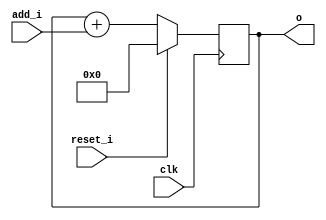
module bsg_circular_ptr_slots_p32_max_add_p31
(
  clk,
  reset_i,
  add_i,
  o
);

  input [4:0] add_i;
  output [4:0] o;
  input clk;
  input reset_i;
  wire N0,N1,N2,N3,N4,N5,N6,N7;
  wire [4:0] ptr_n;
  reg [4:0] o;
  assign ptr_n = o + add_i;
  assign { N7, N6, N5, N4, N3 } = (N0)? { 1'b0, 1'b0, 1'b0, 1'b0, 1'b0 } :
                                  (N1)? ptr_n : 1'b0;
  assign N0 = reset_i;
  assign N1 = N2;
  assign N2 = ~reset_i;

  always @(posedge clk) begin
    if(1'b1) begin
      { o[4:0] } <= { N7, N6, N5, N4, N3 };
    end
  end


endmodule